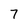
Character: 7